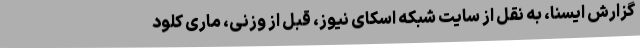
گزارش ایسنا، به نقل از سایت شبکه اسکای نیوز، قبل از وزنی، ماری کلود